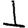
Digit: 1